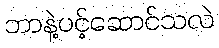
ဘာနဲ့ပင့်ဆောင်သလဲ